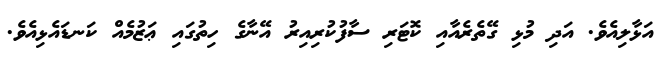
އަޅާލިއެވެ. އަދި މުޅި ގޭތެރެއާއި ކޮޓަރި ސާފުކުރިއިރު އޭނާގެ ހިތުގައި ޢަޒުމެއް ކަނޑައެޅިއެވެ.